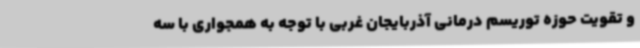
و تقویت حوزه توریسم درمانی آذربایجان غربی با توجه به همجواری با سه